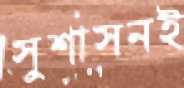
সুশাসনই